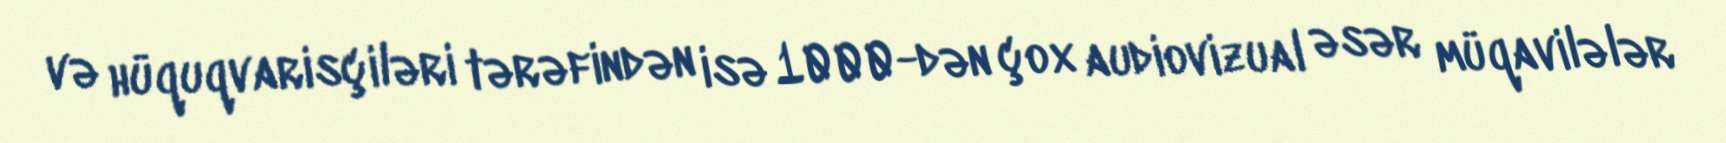
və hüquqvarisçiləri tərəfindən isə 1000-dən çox audiovizual əsər müqavilələr